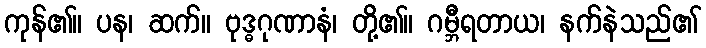
ကုန်၏။ ပန၊ ဆက်။ ဗုဒ္ဓဂုဏာနံ၊ တို့၏။ ဂမ္ဘီရတာယ၊ နက်နဲသည်၏